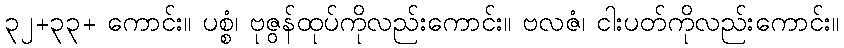
၃၂+၃၃+ ကောင်း။ ပစ္စံ၊ ဗုဇွန်ထုပ်ကိုလည်းကောင်း။ ဗလဇံ၊ ငါးပတ်ကိုလည်းကောင်း။